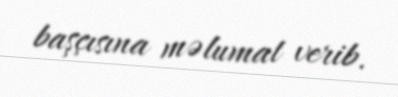
başçısına məlumat verib.